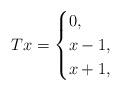
LaTeX: \begin{align*}Tx = \begin{cases}0, &\\x-1, &\\x+1, &\end{cases}\end{align*}